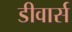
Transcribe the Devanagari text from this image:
डीवार्स